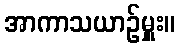
အာကာသယာဉ်မှူး။